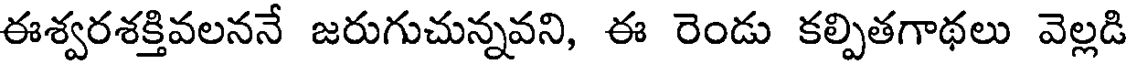
ఈశ్వరశక్తివలననే జరుగుచున్నవని, ఈ రెండు కల్పితగాథలు వెల్లడి